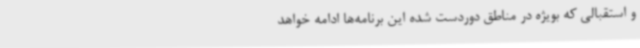
و استقبالی که بویژه در مناطق دوردست شده این برنامه‌ها ادامه خواهد